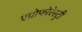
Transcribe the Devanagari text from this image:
एग्रोफोरेस्ट्री